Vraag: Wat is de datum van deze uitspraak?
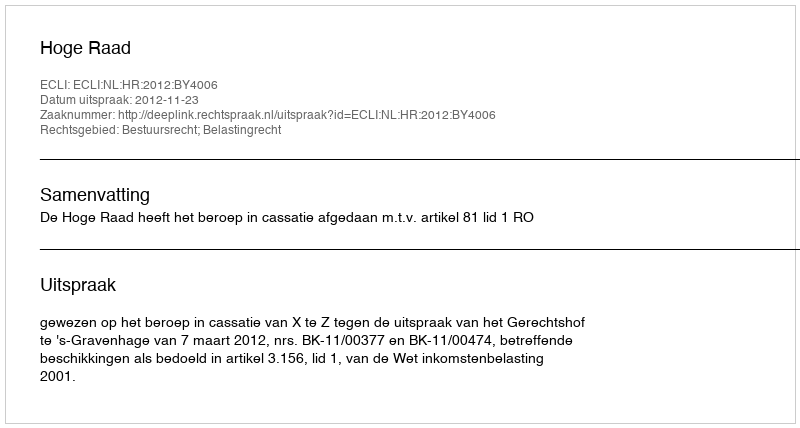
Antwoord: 2012-11-23